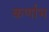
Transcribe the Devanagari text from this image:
कर्णाभ